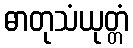
ဓာတုသံယုတ္တံ